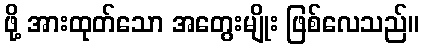
ဖို့ အားထုတ်သော အတွေးမျိုး ဖြစ်လေသည်။